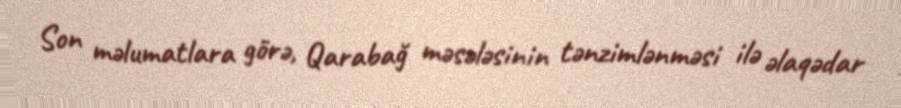
Son məlumatlara görə, Qarabağ məsələsinin tənzimlənməsi ilə əlaqədar